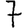
Digit: 7